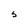
Character: 5